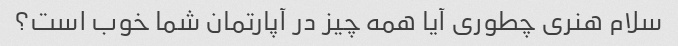
سلام هنری چطوری آیا همه چیز در آپارتمان شما خوب است؟